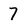
Character: 7